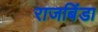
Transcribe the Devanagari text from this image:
राजबिंडा